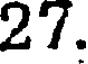
27.